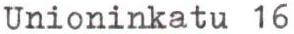
Unioninkatu 16